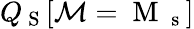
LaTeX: Q_{\mathrm{~S~}}[\mathcal{M}=\mathrm{~M~}_{\mathrm{~s~}}]